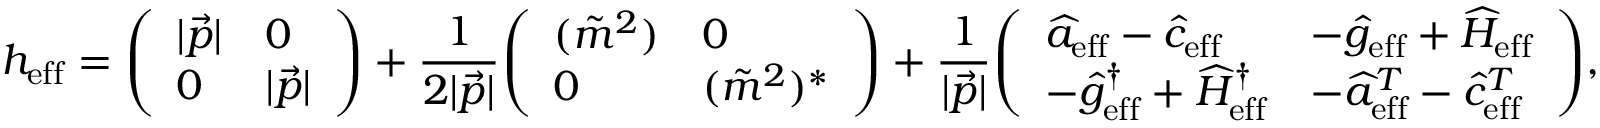
h _ { \mathrm { e f f } } = { \left( \begin{array} { l l } { | { \vec { p } } | } & { 0 } \\ { 0 } & { | { \vec { p } } | } \end{array} \right) } + { \frac { 1 } { 2 | { \vec { p } } | } } { \left( \begin{array} { l l } { ( { \tilde { m } } ^ { 2 } ) } & { 0 } \\ { 0 } & { ( { \tilde { m } } ^ { 2 } ) ^ { * } } \end{array} \right) } + { \frac { 1 } { | { \vec { p } } | } } { \left( \begin{array} { l l } { { \widehat { a } } _ { \mathrm { e f f } } - { \widehat { c } } _ { \mathrm { e f f } } } & { - { \widehat { g } } _ { \mathrm { e f f } } + { \widehat { H } } _ { \mathrm { e f f } } } \\ { - { \widehat { g } } _ { \mathrm { e f f } } ^ { \dagger } + { \widehat { H } } _ { \mathrm { e f f } } ^ { \dagger } } & { - { \widehat { a } } _ { \mathrm { e f f } } ^ { T } - { \widehat { c } } _ { \mathrm { e f f } } ^ { T } } \end{array} \right) } ,